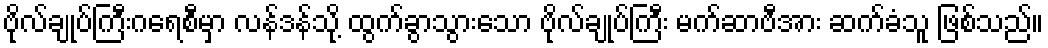
ဗိုလ်ချုပ်ကြီးဂရေစီမှာ လန်ဒန်သို့ ထွက်ခွာသွားသော ဗိုလ်ချုပ်ကြီး မက်ဆာဗီအား ဆက်ခံသူ ဖြစ်သည်။